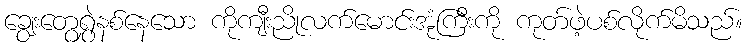
ချွေးတွေရွှဲနစ်နေသော ကိုကျီးညိုလက်မောင်းအုံကြီးကို ကုတ်ဖဲ့ပစ်လိုက်မိသည်။